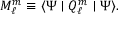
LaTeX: M _ { \ell } ^ { m } \equiv \langle \Psi \mid Q _ { \ell } ^ { m } \mid \Psi \rangle .